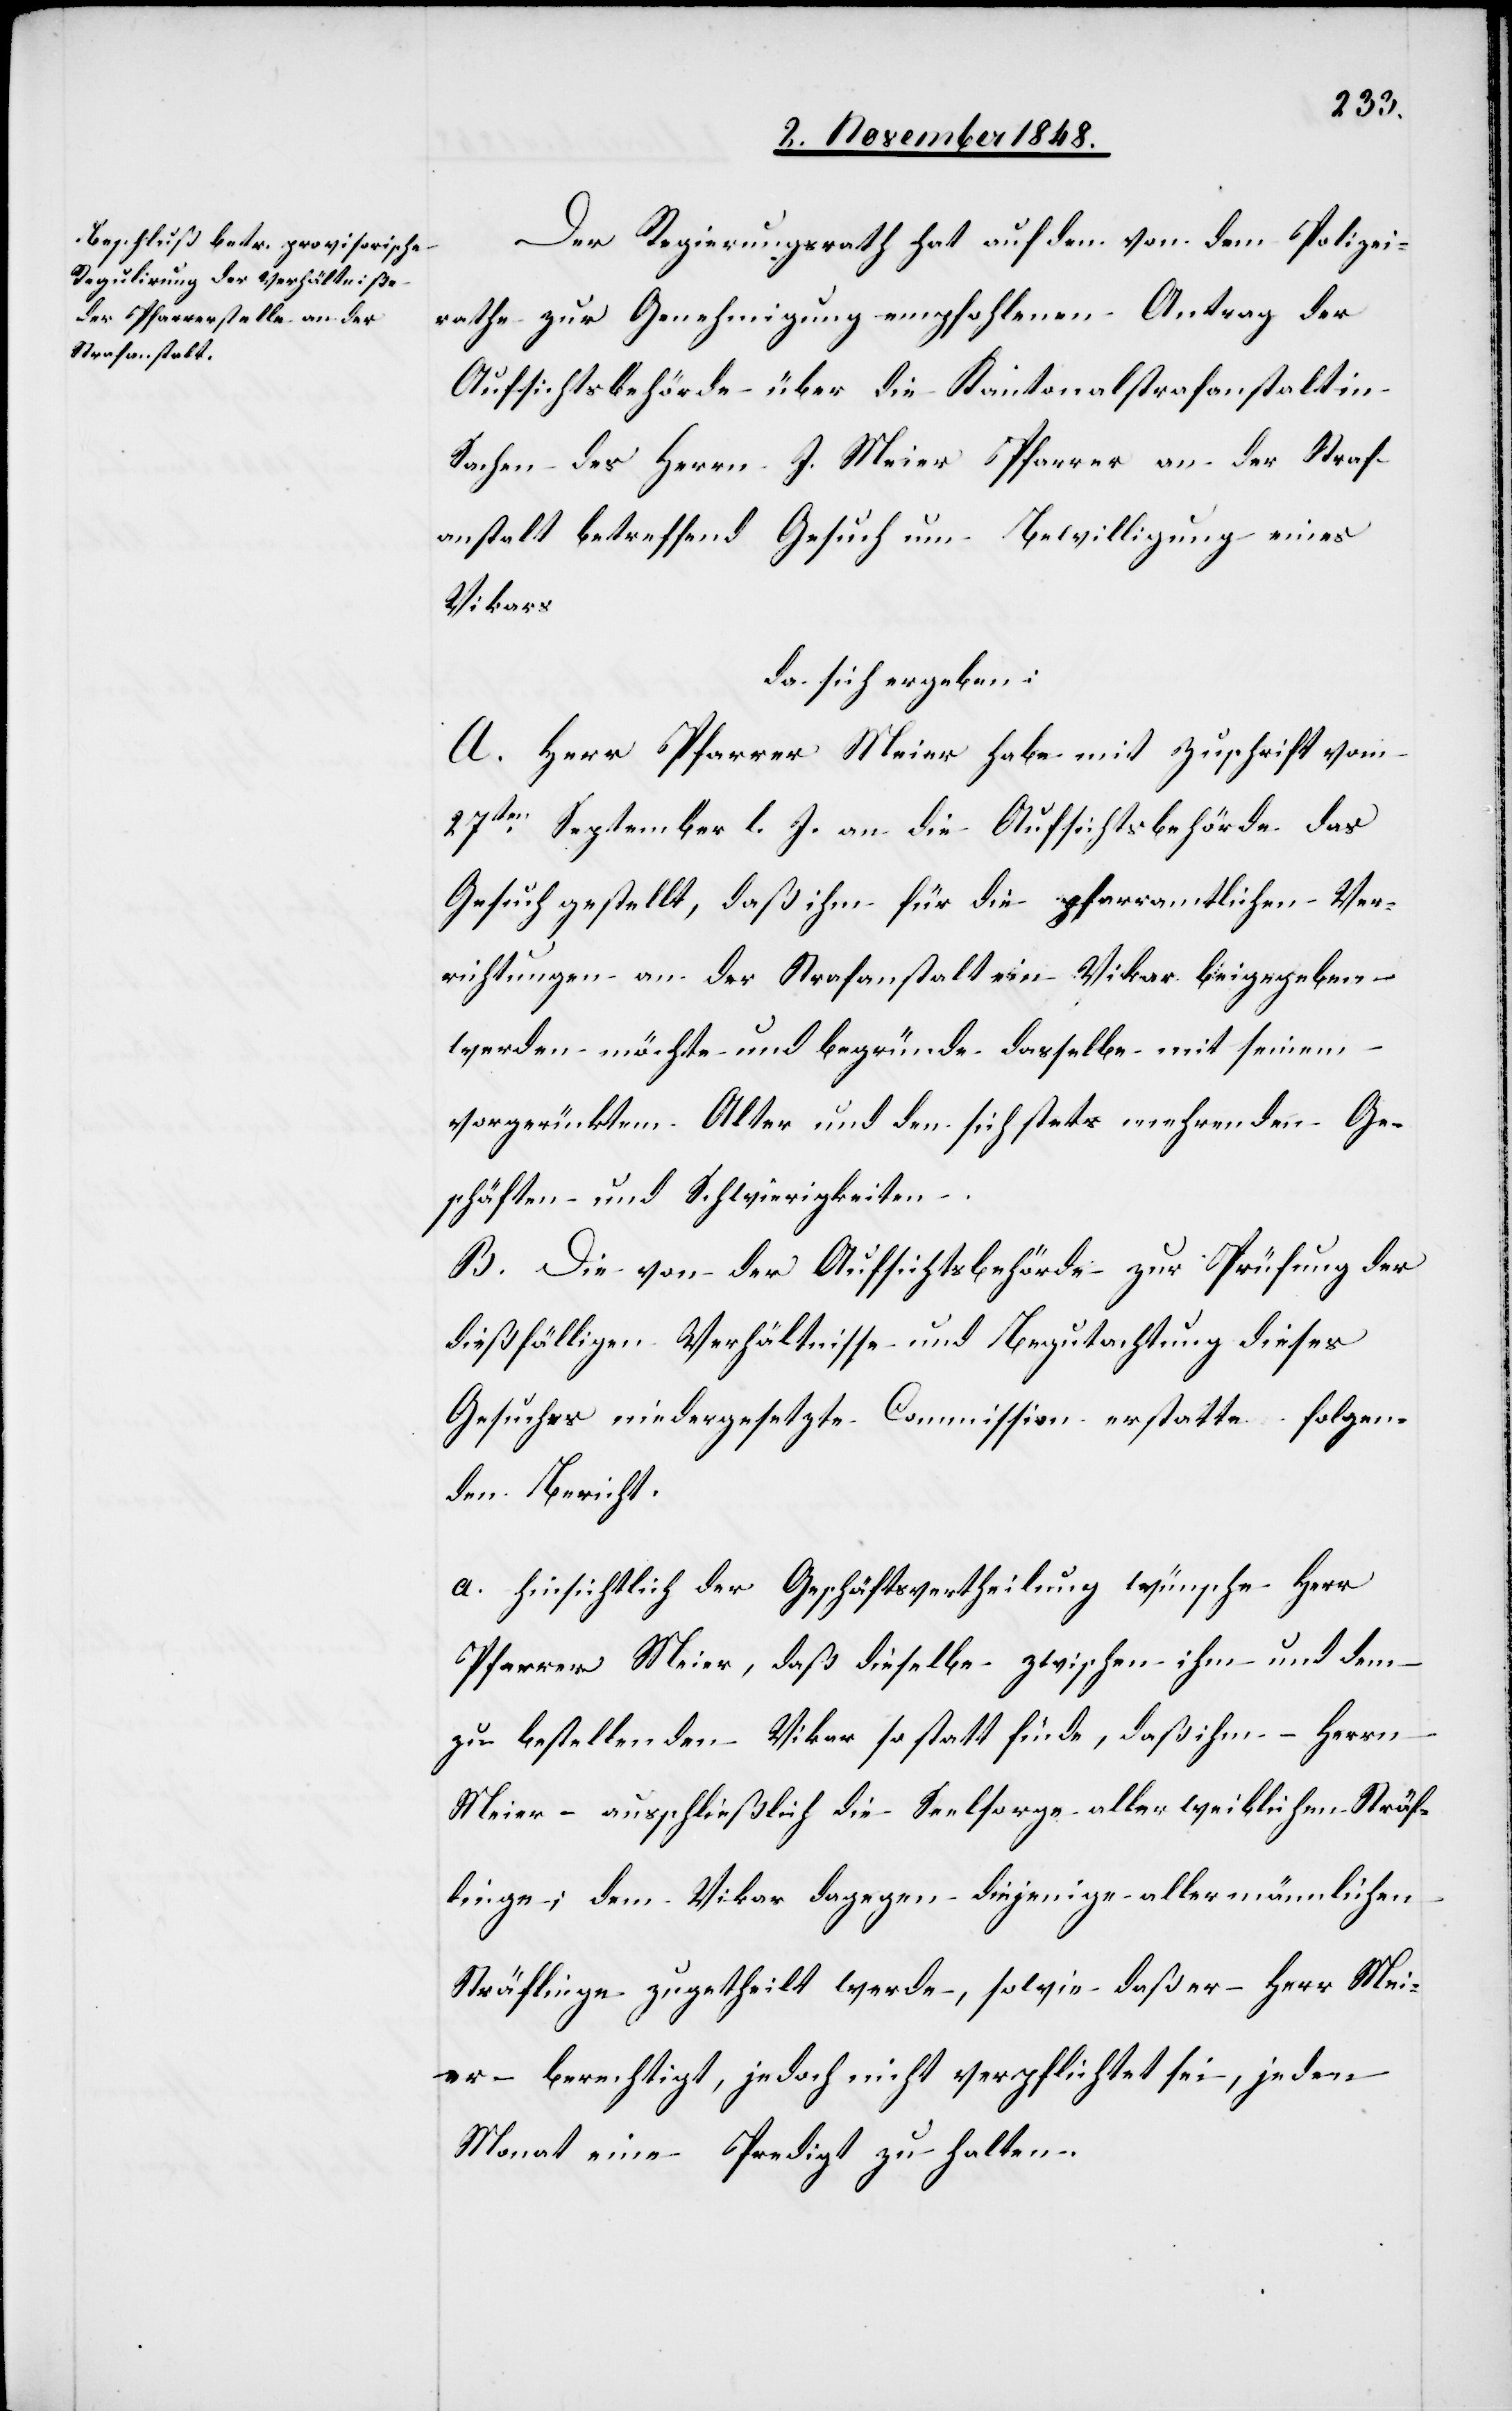
Der Regierungsrath hat auf den von dem Polizei¬
rathe zur Genehmigung empfohlenen Antrag der
Aufsichtsbehörde über die Kantonalstrafanstalt in
Sachen des Herrn J. Meier Pfarrer an der Straf¬
anstalt betreffend Gesuch um Bewilligung eines
Vikars
da sich ergeben:
A. Herr Pfarrer Meier habe mit Zuschrift vom
27ten September l. J. an die Aufsichtsbehörde das
Gesuch gestellt, daß ihm für die Pfarramtlichen Ver¬
richtungen an der Strafanstalt ein Vikar beigegeben
werden möchte und begründe dasselbe mit seinem
vorgerückten Alter und den sich stets mehrenden Ge¬
schäften und Schwierigkeiten.
B. Die von der Aufsichtsbehörde zur Prüfung der
dießfälligen Verhältnisse und Begutachtung dieses
Gesuches niedergesetzte Commission erstatte folgen¬
den Bericht.
a. hinsichtlich der Geschäftsvertheilung wünsche Herr
Pfarrer Meier, daß dieselbe zwischen ihm und dem
zu bestellenden Vikar so statt finde, daß ihm – Herrn
Meier – ausschließlich die Seesorge aller weiblichen Sträf¬
linge; dem Vikar dagegen diejenige aller männlichen
Sträflinge zugetheilt werde, sowie daß er – Herr Mei¬
er – berechtigt, jedoch nicht verpflichtet sei, jeden
Monat eine Predigt zu halten.